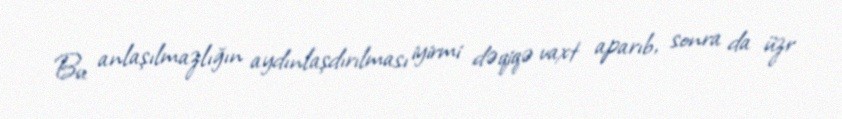
Bu anlaşılmazlığın aydınlaşdırılması iyirmi dəqiqə vaxt aparıb, sonra da üzr